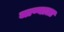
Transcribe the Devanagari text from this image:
जाण्याला